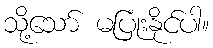
သို့သော် မပြုံးနိုင်ပါ။